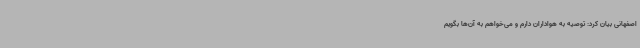
اصفهانی بیان کرد: توصیه به هواداران دارم و می‌خواهم به آن‌ها بگویم